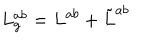
LaTeX: L _ { g } ^ { a b } = L ^ { a b } + \tilde { L } ^ { a b }